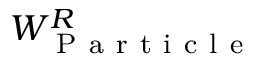
W _ { \mathrm { ~ P ~ a ~ r ~ t ~ i ~ c ~ l ~ e ~ } } ^ { R }